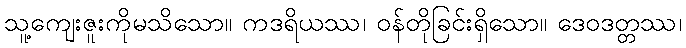
သူ့ကျေးဇူးကိုမသိသော။ ကဒရိယဿ၊ ဝန်တိုခြင်းရှိသော။ ဒေဝဒတ္တဿ၊